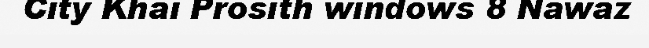
City Khai Prosith windows 8 Nawaz